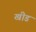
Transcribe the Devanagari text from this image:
खीड